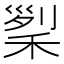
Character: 𥟜